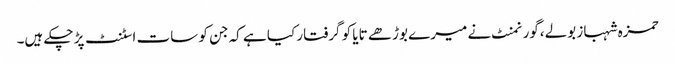
حمزہ شہباز بولے،گورنمنٹ نے میرے بوڑھے تایا کو گرفتار کیا ہے کہ جن کو سات اسٹنٹ پڑ چکے ہیں۔